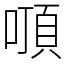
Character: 𠽒